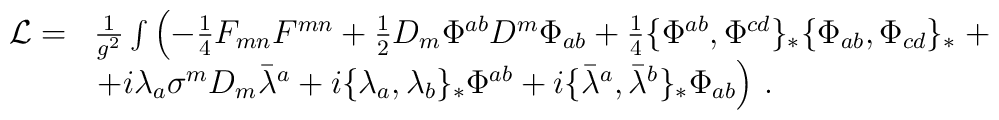
\begin{array}{rl}{\cal L} =& \frac{1}{g^2}\int \left(  -\frac{1}{4} F_{mn} F^{mn} + \frac{1}{2}D_m\Phi^{ab} D^m \Phi_{ab} +\frac{1}{4} \{\Phi^{ab},\Phi^{cd}\}_* \{\Phi_{ab},\Phi_{cd}\}_*\right.+\\&\left. + i \lambda_a \sigma^m D_m\bar{\lambda}^a +i\{\lambda_a,\lambda_b\}_* \Phi^{ab}+i\{\bar\lambda^a,\bar\lambda^b\}_* \Phi_{ab}\right)\,.\end{array}